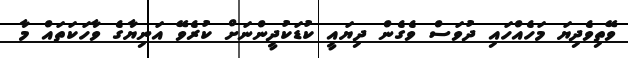
ވޭތިވެދިޔަ މަހެއްހައި ދުވަސް ވެގެން ދިޔައީ ކުޑަކުދީންނަށް ކުރެވޭ އަނިޔާގެ ވާހަކަތައް މާ